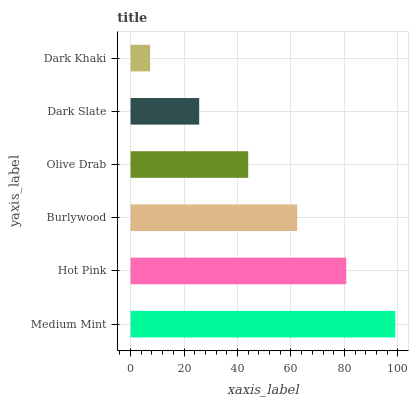
| yaxis_label | bars |
 | --- | --- |
 | Medium Mint | 99 |
 | Hot Pink | 80.7 |
 | Burlywood | 62.3 |
 | Olive Drab | 44 |
 | Dark Slate | 25.7 |
 | Dark Khaki | 7.34 |